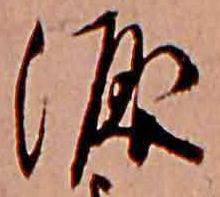
涙